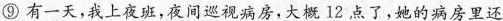
⑨ 有一天，我上夜班，夜间巡视病房，大概 12 点了，她的病房里还